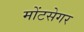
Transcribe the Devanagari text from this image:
मोंटसेगर